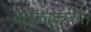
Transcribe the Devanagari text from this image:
वर्तुळाकृतीत